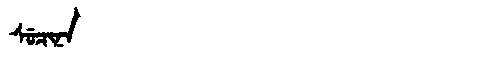
Manchu: ᠰᡠᠴᡳᠨᠠ
Romanization: SUCINA